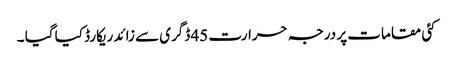
کئی مقامات پر درجہ حرارت 45 ڈگری سے زائد ریکارڈ کیا گیا ۔